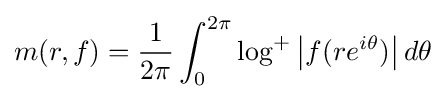
m(r,f)={\frac {1}{2\pi }}\int _{0}^{2\pi }\log ^{+}\left|f(re^{i\theta })\right|d\theta